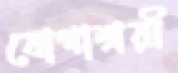
যোগাশ্রয়ী